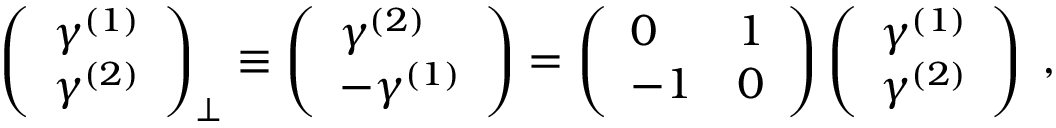
{ \left( \begin{array} { l } { \gamma ^ { ( 1 ) } } \\ { \gamma ^ { ( 2 ) } } \end{array} \right) } _ { \perp } \equiv \left( \begin{array} { l } { \gamma ^ { ( 2 ) } } \\ { - \gamma ^ { ( 1 ) } } \end{array} \right) = \left( \begin{array} { l l } { 0 } & { 1 } \\ { - 1 } & { 0 } \end{array} \right) \left( \begin{array} { l } { \gamma ^ { ( 1 ) } } \\ { \gamma ^ { ( 2 ) } } \end{array} \right) \; ,